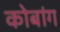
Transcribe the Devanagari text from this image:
कोबांग